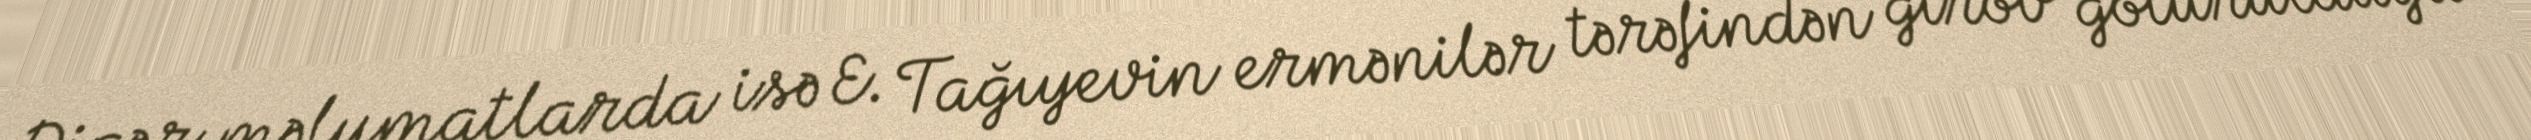
Digər məlumatlarda isə E. Tağıyevin ermənilər tərəfindən girov götürüldüyü